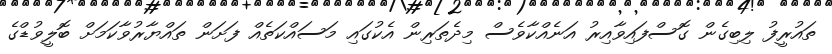
ތައުރީފު ލިބިގެން ގޮސްފައިވާއިރު އަނެއްކާވެސް މިދެތަރިން އެކުގައި މަސައްކަތެއް ފަށަން ތައްޔާރުވާކަމަށް ބޮލީވުޑްގެ